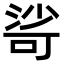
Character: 𣹇